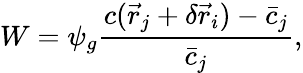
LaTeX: W=\psi_{g}\frac{c(\vec{r}_{j}+\delta\vec{r}_{i})-\bar{c}_{j}}{\bar{c}_{j}},